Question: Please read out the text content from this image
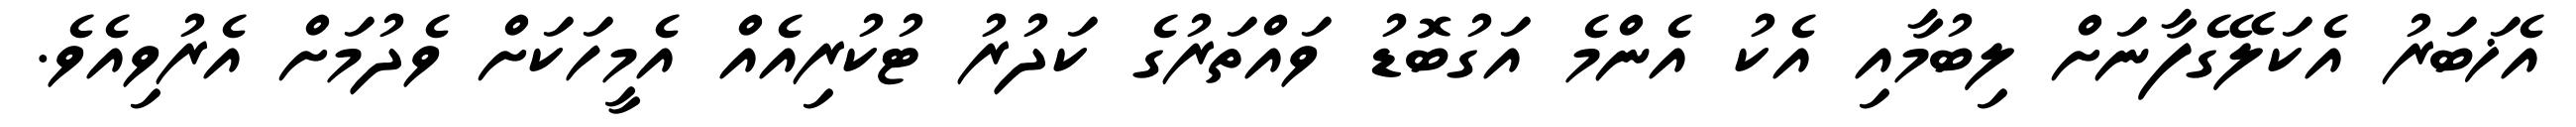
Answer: އެޚަބަރު އެކަލޭގެފާނަށް ލިބުމާއި އެކު އެންމެ އަގުބޮޑު ވައްތަރުގެ ކަދުރު ޓުކުރިއެއް އެމީހަކަށް ވެދުމަށް އެރުވިއެވެ.